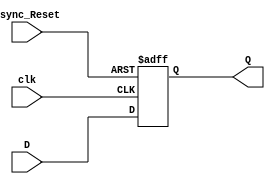
module Rising_Edge_DFF_with_Async_Reset_Low(
	input D,
	input clk,
	input Async_Reset,
	output reg Q
);

always @(posedge clk or negedge Async_Reset)
begin

	if(Async_Reset == 1'b0)
		
		Q <= 1'b0;
		
	else
	
		Q <= D;

end

endmodule